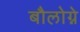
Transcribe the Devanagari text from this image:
बौलोग्ने